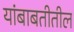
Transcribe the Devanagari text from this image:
यांबाबतीतील